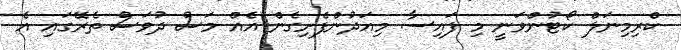
ކްރިމިނަލް ކޯޓުންވަނީ މި ފައިސާ މިއަދުންފެށިގެން އެއް މަސް ދުވަސް ތެރޭގައި އެ